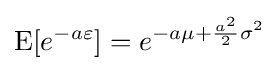
{\text{E}}[e^{-a\varepsilon }]=e^{-a\mu +{\frac {a^{2}}{2}}\sigma ^{2}}